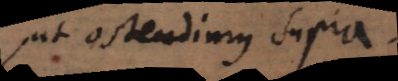
ut ostendimus supra,